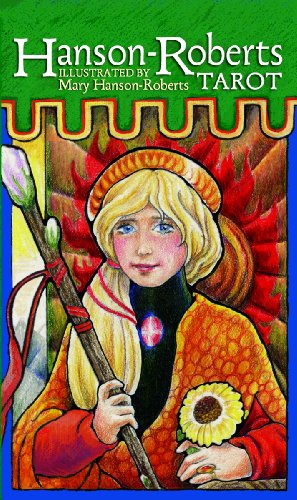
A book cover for Hanson-Roberts Tarot Deck; Hanson-Roberts; Humor & Entertainment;